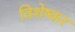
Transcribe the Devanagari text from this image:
विशेष्कर